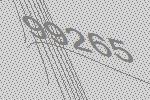
99265